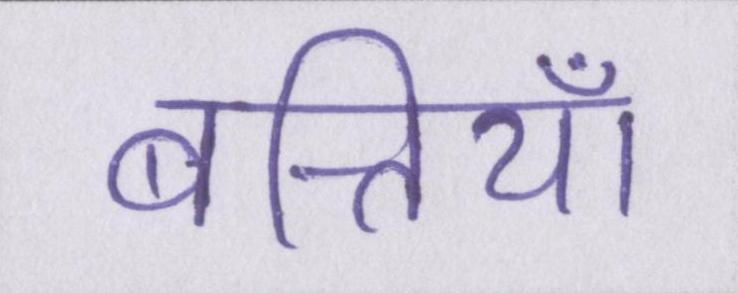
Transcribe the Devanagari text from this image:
बत्तियाँ